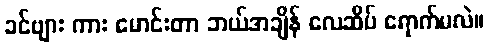
ခင်ဗျား ကား မောင်းတာ ဘယ်အချိန် လေဆိပ် ရောက်မလဲ။